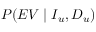
P ( E V \mid I _ { u } , D _ { u } )